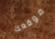
موقعك